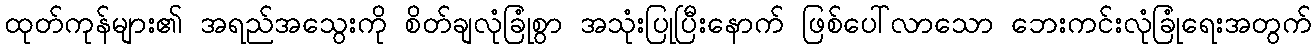
ထုတ်ကုန်များ၏ အရည်အသွေးကို စိတ်ချလုံခြုံစွာ အသုံးပြုပြီးနောက် ဖြစ်ပေါ်လာသော ဘေးကင်းလုံခြုံရေးအတွက်